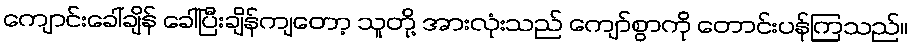
ကျောင်းခေါ်ချိန် ခေါ်ပြီးချိန်ကျတော့ သူတို့ အားလုံးသည် ကျော်စွာကို တောင်းပန်ကြသည်။